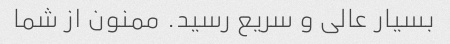
بسیار عالی و سریع رسید. ممنون از شما